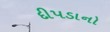
દીપડાનો